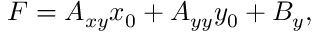
F = A _ { x y } x _ { 0 } + A _ { y y } y _ { 0 } + B _ { y } ,